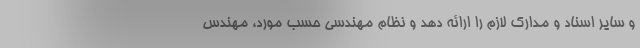
و سایر اسناد و مدارک لازم را ارائه دهد و نظام مهندسی حسب مورد، مهندس